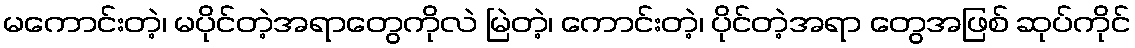
မကောင်းတဲ့၊ မပိုင်တဲ့အရာတွေကိုလဲ မြဲတဲ့၊ ကောင်းတဲ့၊ ပိုင်တဲ့အရာ တွေအဖြစ် ဆုပ်ကိုင်